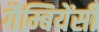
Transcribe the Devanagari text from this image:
गैम्बियेंसी